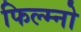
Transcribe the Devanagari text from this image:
फिल्म्नो